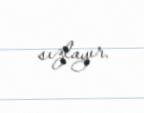
sızlayır.